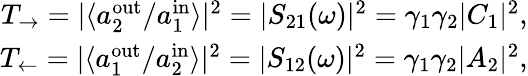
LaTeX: \begin{array}{r}{T_{\rightarrow}=|\langle a_{2}^{\mathrm{out}}/a_{1}^{\mathrm{in}}\rangle|^{2}=|S_{21}(\omega)|^{2}=\gamma_{1}\gamma_{2}|C_{1}|^{2},}\\ {T_{\leftarrow}=|\langle a_{1}^{\mathrm{out}}/a_{2}^{\mathrm{in}}\rangle|^{2}=|S_{12}(\omega)|^{2}=\gamma_{1}\gamma_{2}|A_{2}|^{2},}\end{array}